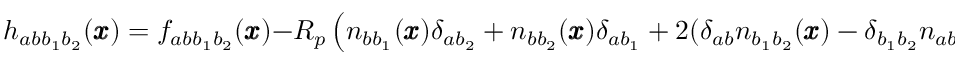
h _ { a b b _ { 1 } b _ { 2 } } ( { \pmb x } ) = f _ { a b { b } _ { 1 } b _ { 2 } } ( { \pmb x } ) - R _ { p } \left( n _ { b b _ { 1 } } ( { \pmb x } ) \delta _ { a b _ { 2 } } + n _ { b b _ { 2 } } ( { \pmb x } ) \delta _ { a b _ { 1 } } + 2 ( \delta _ { a b } n _ { b _ { 1 } b _ { 2 } } ( { \pmb x } ) - \delta _ { b _ { 1 } b _ { 2 } } n _ { a b } ( { \pmb x } ) ) \right)